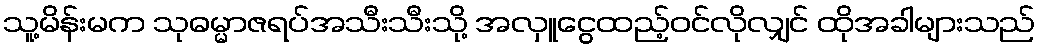
သူ့မိန်းမက သုဓမ္မာဇရပ်အသီးသီးသို့ အလှူငွေထည့်ဝင်လိုလျှင် ထိုအခါများသည်